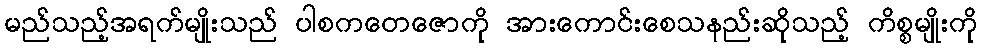
မည်သည့်အရက်မျိုးသည် ပါစကတေဇောကို အားကောင်းစေသနည်းဆိုသည့် ကိစ္စမျိုးကို